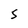
Character: s